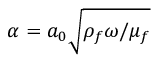
{ \alpha } = a _ { 0 } \sqrt { \rho _ { f } \omega / \mu _ { f } }